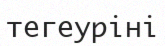
тегеуріні